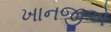
ખાનજીએ